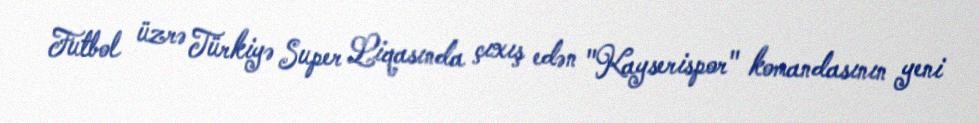
Futbol üzrə Türkiyə Super Liqasında çıxış edən "Kayserispor" komandasının yeni